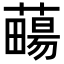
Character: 𧀄